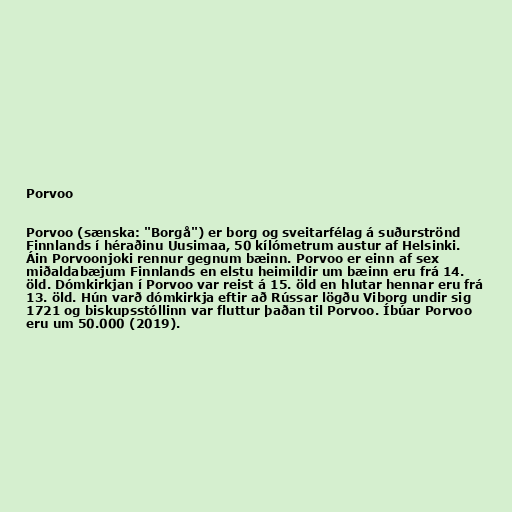
Porvoo

Porvoo (sænska: "Borgå") er borg og sveitarfélag á suðurströnd
Finnlands í héraðinu Uusimaa, 50 kílómetrum austur af Helsinki.
Áin Porvoonjoki rennur gegnum bæinn. Porvoo er einn af sex
miðaldabæjum Finnlands en elstu heimildir um bæinn eru frá 14.
öld. Dómkirkjan í Porvoo var reist á 15. öld en hlutar hennar eru frá
13. öld. Hún varð dómkirkja eftir að Rússar lögðu Viborg undir sig
1721 og biskupsstóllinn var fluttur þaðan til Porvoo. Íbúar Porvoo
eru um 50.000 (2019).